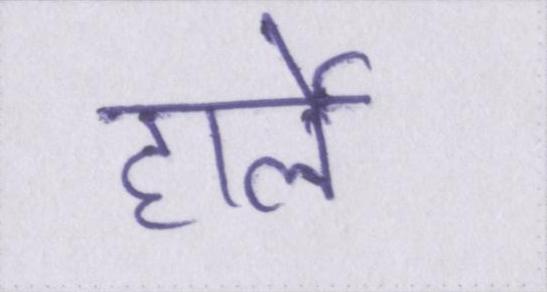
हार्ले